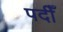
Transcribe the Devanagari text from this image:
पदीँ